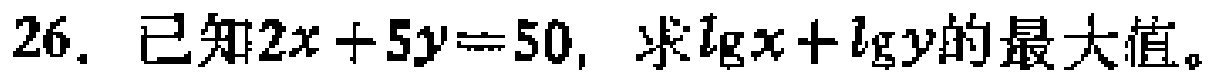
26. 已知\(2x + 5y = 50\)，求\(\lg x+\lg y\)的最大值。